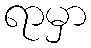
ရာမှာ